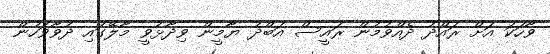
ވާހަކަ އަށް ރައްދު ދެއްވުމުން ރައީސް އަބްދު ޔާމީން ވިދާޅުވީ މާލޭގައި ދުވާވަހުން